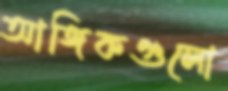
আঙ্গিকগুলো